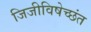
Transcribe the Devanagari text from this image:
जिजीविषेच्छंत